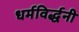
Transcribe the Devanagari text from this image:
धर्मविर्द्धनी